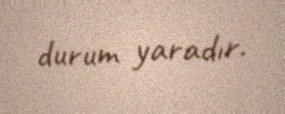
durum yaradır.